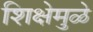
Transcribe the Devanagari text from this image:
शिक्षेमुळे